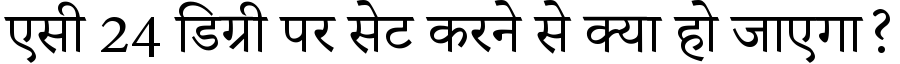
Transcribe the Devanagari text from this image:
एसी 24 डिग्री पर सेट करने से क्या हो जाएगा?